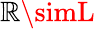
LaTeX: \mathbb{R}\simL